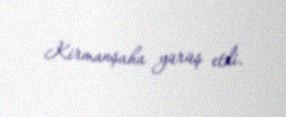
Kirmanşaha yürüş etdi.